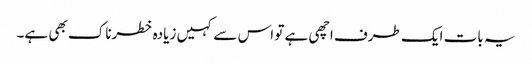
یہ بات ایک طرف اچھی ہے تو اس سے کہیں زیادہ خطرناک بھی ہے۔